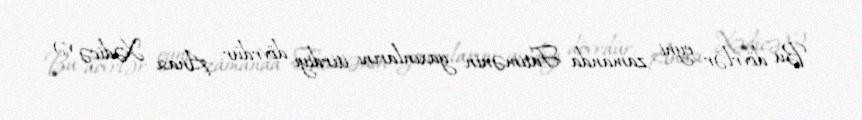
Bu dövrlər eyni zamanda Fatimənin yaxınlarını itirdiyi dövrdür: Anası Xədicə və